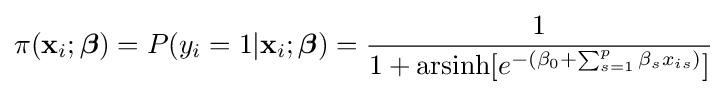
\pi (\mathbf {x} _{i};{\boldsymbol {\beta }})=P(y_{i}=1|\mathbf {x} _{i};{\boldsymbol {\beta }})={\frac {1}{1+\operatorname {arsinh} [e^{-(\beta _{0}+\sum _{s=1}^{p}{\beta _{s}x_{is}})}]}}